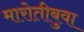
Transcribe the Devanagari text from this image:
मारोतीबुवा